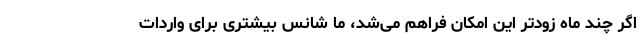
اگر چند ماه زودتر این امکان فراهم می‌شد، ما شانس بیشتری برای واردات